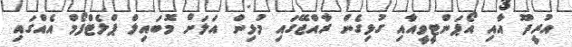
އުރީދޫ އާއި އޯޕަންޓީވީއާއި ގުޅިގެން ރާއްޖޭގައި މުޅިން އަލަށް މޮބައިލް ޕްލެޓްފޯމް އެއްގައި